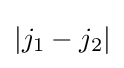
|j_{1}-j_{2}|